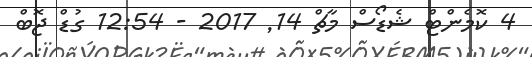
4 ކޮމެންޓް ޝެޑޯސް މާޗް 14